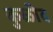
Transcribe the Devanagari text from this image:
कुळीद